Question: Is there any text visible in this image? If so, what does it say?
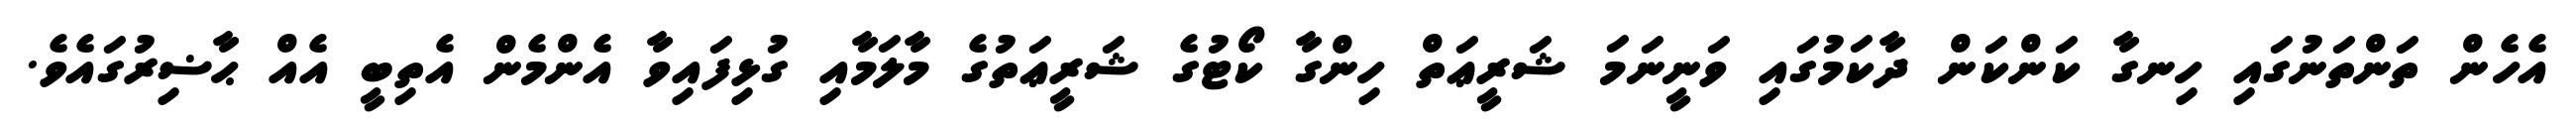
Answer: އެހެން ތަންތަނުގައި ހިނގާ ކަންކަން ދާކަމުގައި ވަނީނަމަ ޝަރީޢަތް ހިންގާ ކޯޓުގެ ޝަރީޢަތުގެ މާލަމާއި ގުޅިފައިވާ އެންމެން އެތިބީ އެއް ޙާޟިރުގައެވެ.